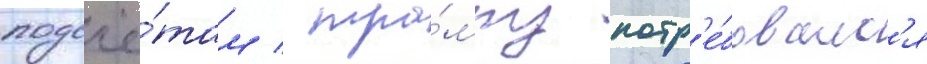
подсчё́там / тра́мпу потр'е́бовалс'я